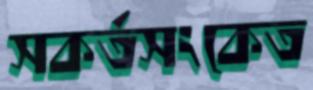
সকর্তসংকেত